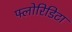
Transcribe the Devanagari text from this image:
फ्लोरिडिटा